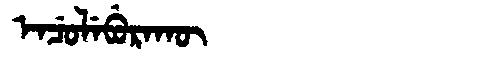
Manchu: ᡝᠨᠴᡠᠯᡝᠪᡠᡵᠠᡴᡡ
Romanization: ENCULEBURAKŪ